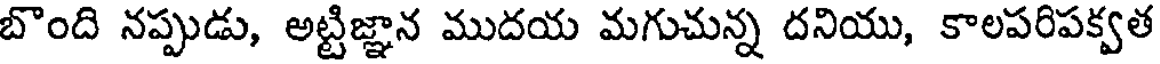
బొంది నప్పుడు, అట్టిజ్ఞాన ముదయ మగుచున్న దనియు, కాలపరిపక్వత